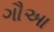
ગૌઆ